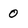
Character: 0